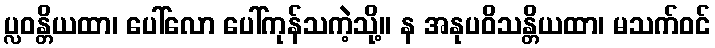
ပ္လဝန္တိယထာ၊ ပေါ်လော ပေါ်ကုန်သကဲ့သို့။ န အနုပဝိသန္တိယထာ၊ မသက်ဝင်